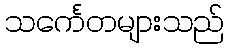
သင်္ကေတများသည်